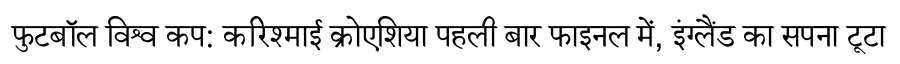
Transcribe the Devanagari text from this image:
फुटबॉल विश्व कप: करिश्माई क्रोएशिया पहली बार फाइनल में, इंग्लैंड का सपना टूटा